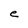
Character: e